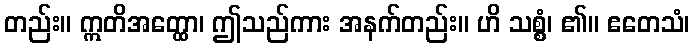
တည်း။ ဣတိအတ္ထော၊ ဤသည်ကား အနက်တည်း။ ဟိ သစ္စံ၊ ၏။ ဧတေသံ၊